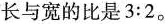
长与宽的比是$$3:2$$。